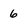
Character: 6